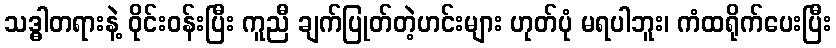
သဒ္ဓါတရားနဲ့ ဝိုင်းဝန်းပြီး ကူညီ ချက်ပြုတ်တဲ့ဟင်းများ ဟုတ်ပုံ မရပါဘူး၊ ကံထရိုက်ပေးပြီး